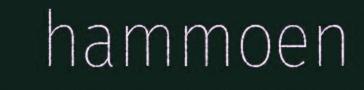
hammoen